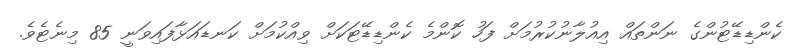
ކެންޑިޑޭޓުންގެ ނަންތައް އިއުލާނުކުރުމަށް ފަހު ކޮންމެ ކެންޑިޑޭޓަކަށް ވިއްކުމަށް ކަނޑައަޅާފައިވަނީ 85 މިނެޓެވެ.